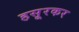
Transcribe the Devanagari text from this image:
हसूरकर